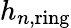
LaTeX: h_{n,\mathrm{ring}}